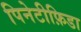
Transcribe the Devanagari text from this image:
पिनेटीफ़िडा